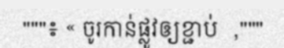
"""៖ « ចូរកាន់ផ្លូវឲ្យខ្ជាប់  ,"""